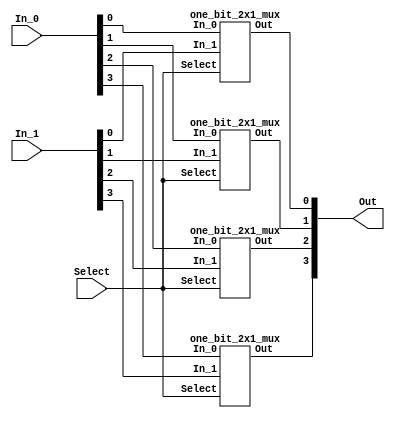
module four_bit_2x1_mux(In_1, In_0, Select, Out);
	input [3:0] In_1;
	input [3:0] In_0;
	input Select;
	output [3:0] Out;
	
	// Your code goes here.  DO NOT change anything that is already given! Otherwise, you will not be able to pass the tests!

	one_bit_2x1_mux mux1(In_1[0], In_0[0], Select, Out[0]);
	one_bit_2x1_mux mux2(In_1[1], In_0[1], Select, Out[1]);
	one_bit_2x1_mux mux3(In_1[2], In_0[2], Select, Out[2]);
	one_bit_2x1_mux mux4(In_1[3], In_0[3], Select, Out[3]);

endmodule
//JUST ONE BIT 2X1 MUX FOR 8x4 MUX BECAUSE 8X4 MUX MEANS 4x(2x1 Mux)
module one_bit_2x1_mux(In_1, In_0, Select, Out);
	input In_1, In_0, Select;
	output Out;
	wire WireTop, WireBot;

	assign WireTop = (In_1 & Select);
	assign WireBot = (In_0 & ~Select);

	assign Out = (WireTop | WireBot);
	
endmodule